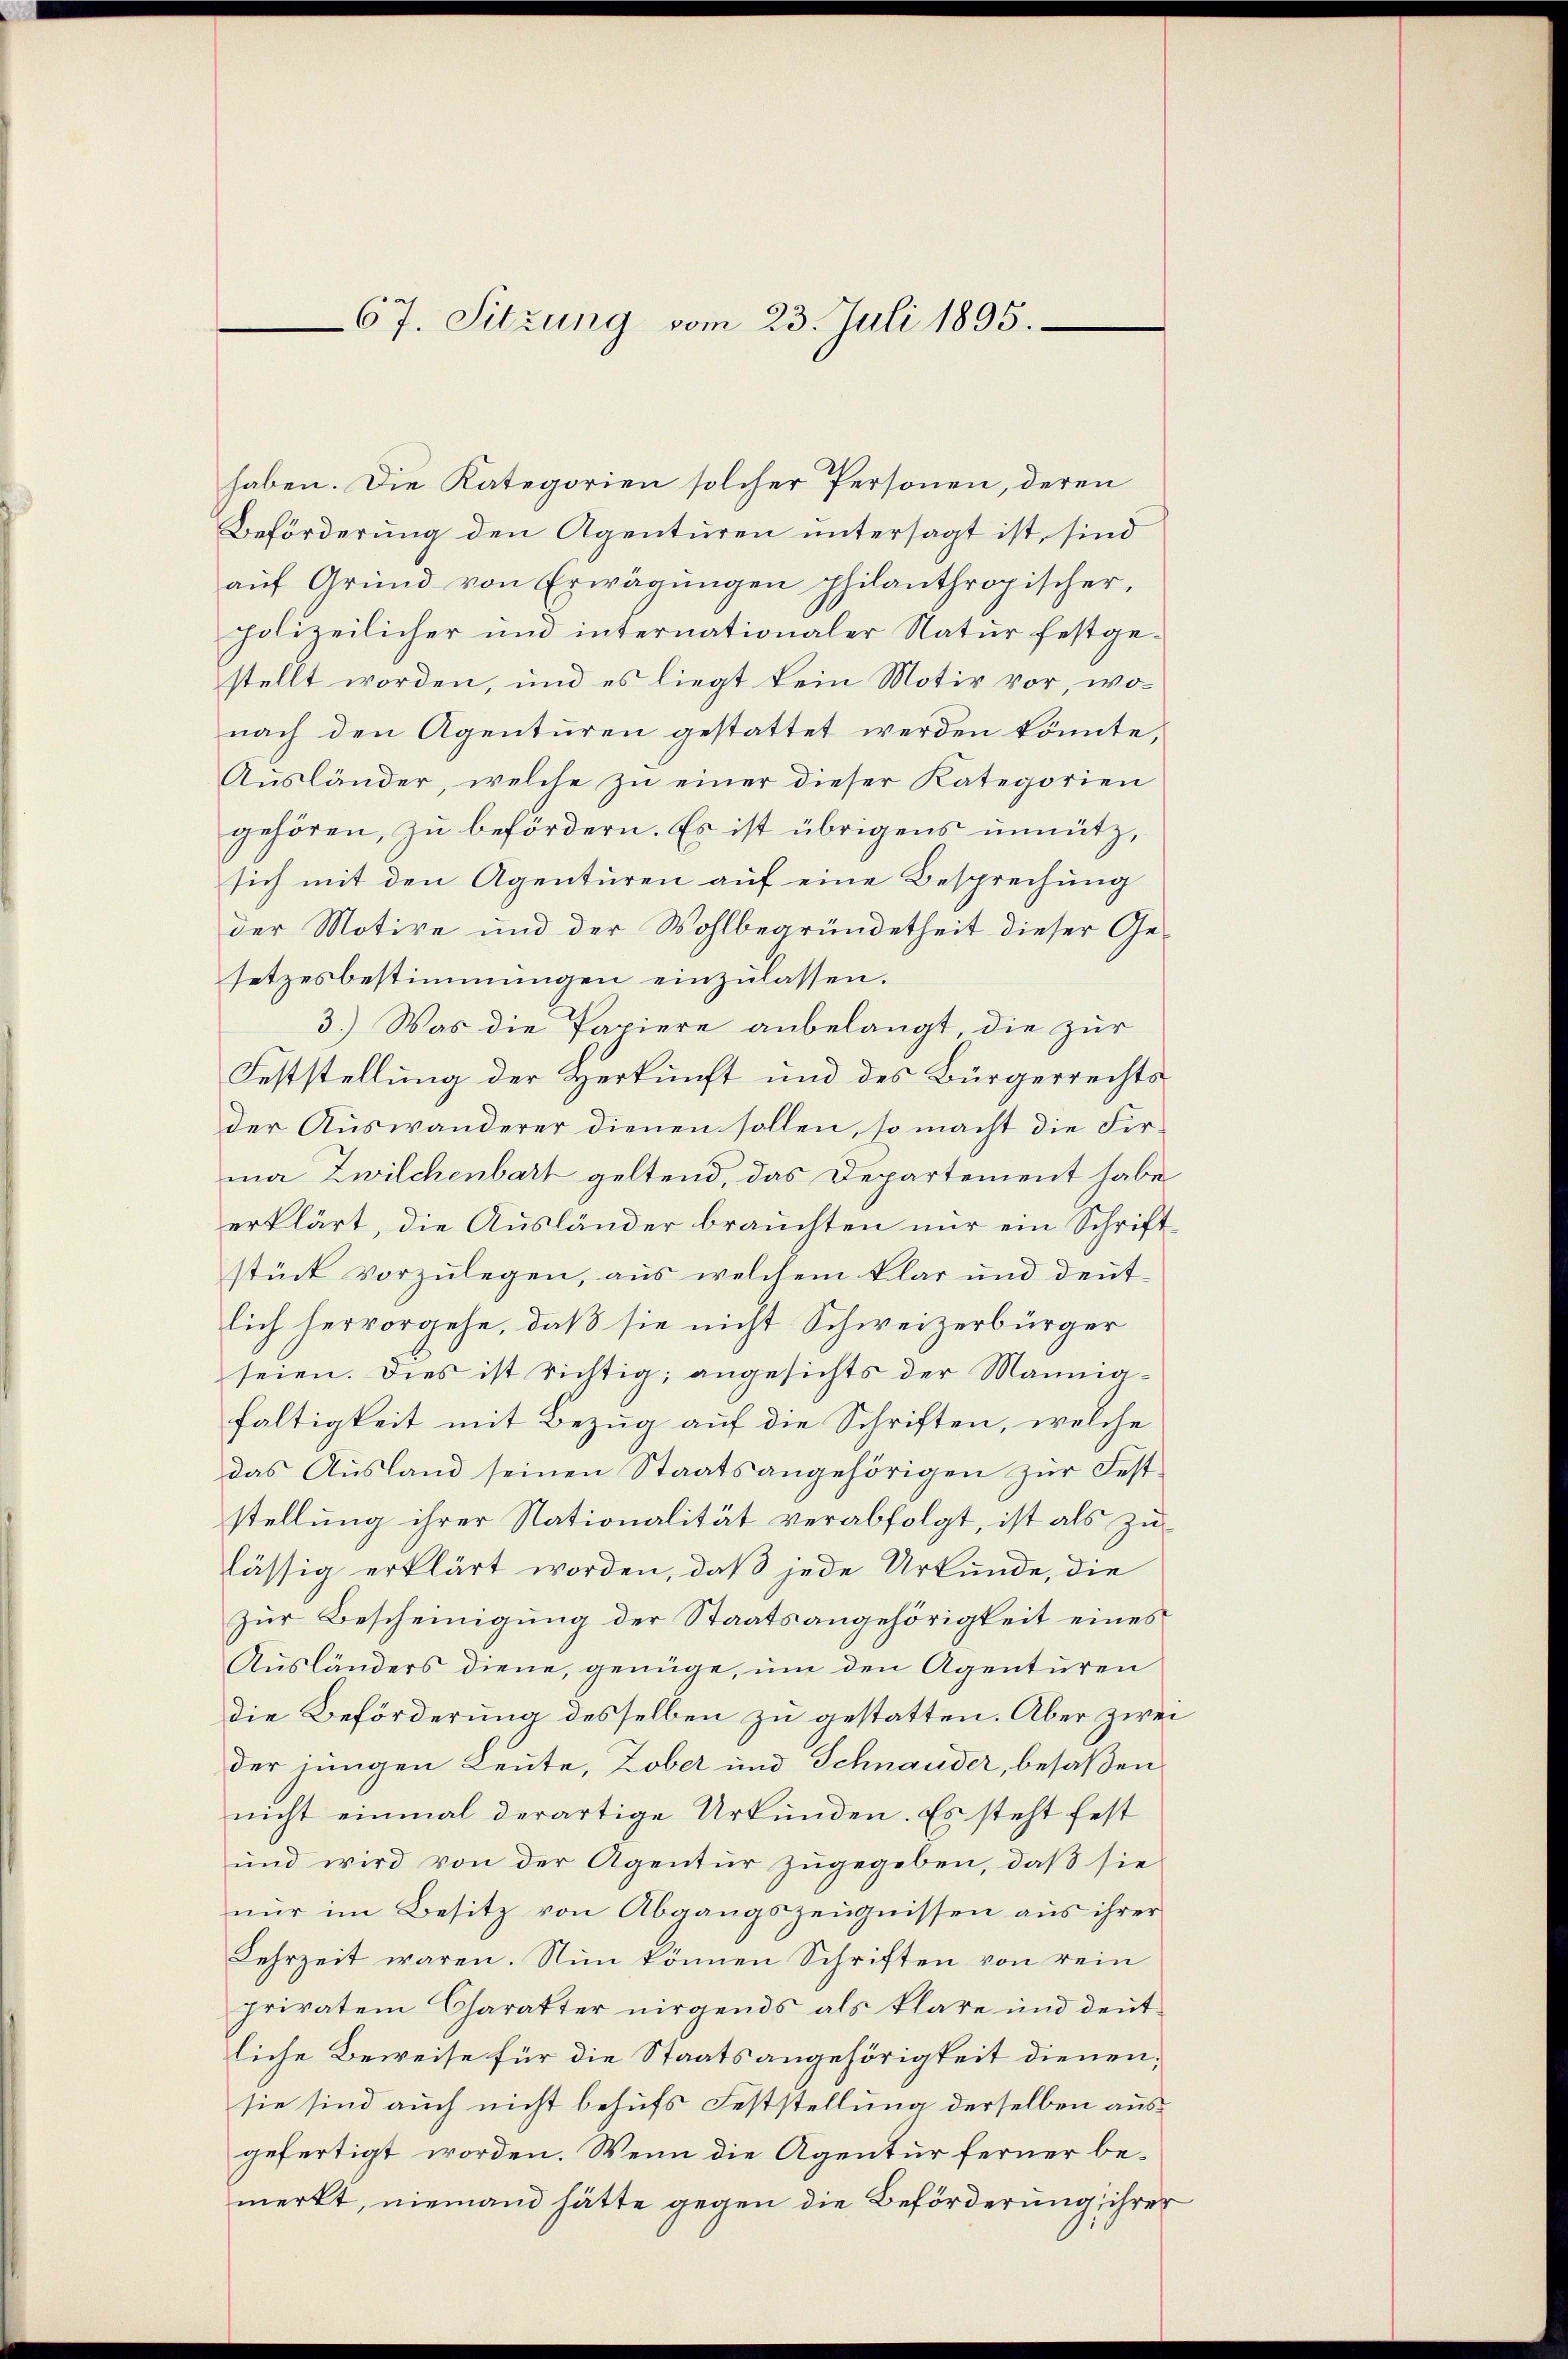
67. Sitzung vom 23. Juli 1895.

haben. Die Kategorien solcher Personen, deren
Beförderung den Agenturen untersagt ist, sind
auf Grund von Erwägungen philanthropischer,
polizeilicher und internationaler Natur festgestellt worden, und es liegt kein Motiv vor, wonach den Agenturen gestattet werden könnte,
Ausländer, welche zu einer dieser Kategorien
gehören, zu befördern. Es ist übrigens unnütz,
sich mit den Agenturen auf eine Besprechung
der Motive und der Wohlbegründetheit dieser Gesetzesbestimmungen einzulassen.
3.) Was die Papiere anbelangt die zur
Feststellung der Herkunft und des Bürgerrechtsder Auswanderer dienen sollen, so macht die Firma Zwilchenbart geltend, das Departement habe
erklärt, die Ausländer brauchten nur ein Schrift
stück vorzulegen, aus welchem klar und deutlich hervorgehe, daß sie nicht Schweizerbürger
seien. Dies ist richtig; angesichts der Mannia-
faltigkeit mit Bezug auf die Schriften, welche
das Ausland seinen Staatsangehörigen zur Feststellung ihrer Nationalität verabfolgt, ist als zulässig erklärt worden, daß jede Urkunde, die
Zur Bescheinigung der Staatsangehörigkeit eines
Ausländers diene, genüge, um den Agenturen
die Beförderung desselben zu gestatten. Aber zwei
der jungen Leute, Zober und Schnauder, besaßen,
nicht einmal derartige Urkunden. Es steht fest
und wird von der Agentur zugegeben, daß sie
nur im Besitz von Abgangszeugnissen aus ihrer
Lehrzeit waren. Nun können Schriften von rein
privatem Charakter nirgends als klare und deutliche Beweise für die Staatsangehörigkeit dienen,
sie sind auch nicht behufs Feststellung derselben ausgefertigt worden. Wenn die Agentur ferner bemerkt, niemand hätte gegen die Beförderung ihrer